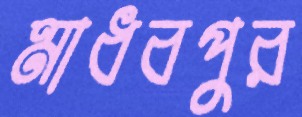
মাধবপুর